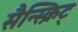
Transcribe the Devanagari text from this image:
सैन्स्क्रिट्